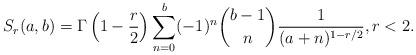
LaTeX: \begin{align*}S_r(a,b)=\Gamma\left(1-\frac{r}{2}\right)\sum_{n=0}^b (-1)^n\binom{b-1}{n} \frac{1}{(a+n)^{1-r/2}},r<2.\end{align*}